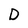
Character: D